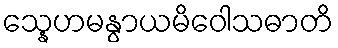
သ္နေဟမနွာယမိဝေါသဓာတိ